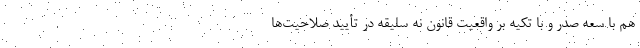
هم با سعه صدر و با تکیه بر واقعیت قانون نه سلیقه در تأیید صلاحیت‌ها